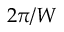
2 \pi / W